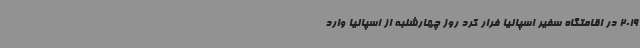
2019 در اقامتگاه سفیر اسپانیا فرار کرد روز چهارشنبه از اسپانیا وارد